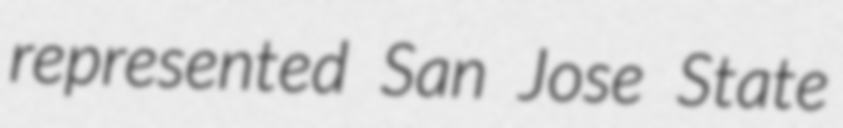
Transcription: represented San Jose State